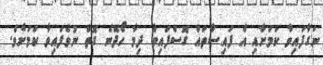
ނަގާފައިވާ ކަމަށާއި އެ ފައިސާތައް ގޮސްފައިވާ ދިމާ ހޯދޭނެ ގޮތް ނުވެފައިވާ ކަމަށެވެ.